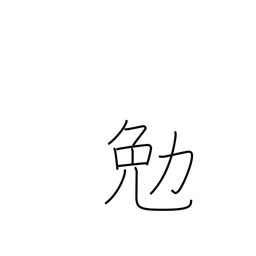
Meaning: strive